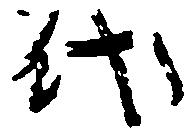
代